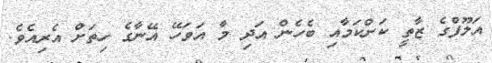
އަލޫފްގެ ޒާތީ ކަންކަމާއި ބެހެން އަދި މާ އަވަހޭ އޭނާގެ ހިތަށް އެރިއެވެ.